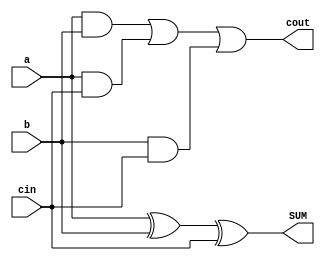
module full_adder (a,b,cin,SUM,cout);
    input a,b,cin;
    output SUM, cout;
    assign SUM=a^b^cin;
    assign cout=(a&b)|(a&cin)|(b&cin);
endmodule